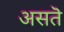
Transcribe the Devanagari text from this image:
असतॆ